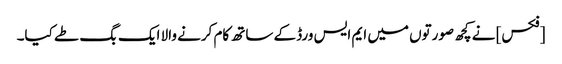
[فکس] نے کچھ صورتوں میں ایم ایس ورڈ کے ساتھ کام کرنے والا ایک بگ طے کیا۔